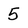
Character: 5